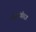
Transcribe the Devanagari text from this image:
महासंगीतज्ञ